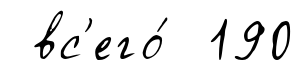
вс'его́ 190